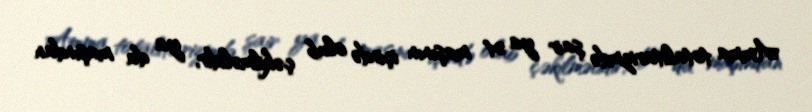
Amma totalitarizmdə şair ya ət maşının içində olub çəkilməlidir, ya da maşından